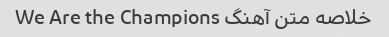
خلاصه متن آهنگ We Are the Champions